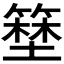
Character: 𱸜